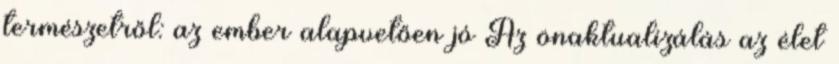
természetről: az ember alapvetően jó Az önaktualizálás az élet